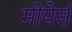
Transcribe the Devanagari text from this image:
मीयेर्स